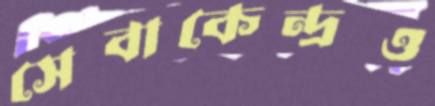
সেবাকেন্দ্রও